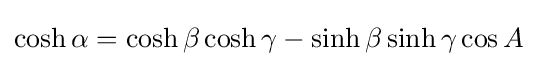
\cosh \alpha =\cosh \beta \cosh \gamma -\sinh \beta \sinh \gamma \cos A